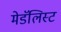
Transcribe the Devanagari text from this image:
मेडॅलिस्ट